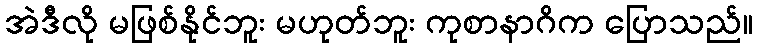
အဲဒီလို မဖြစ်နိုင်ဘူး မဟုတ်ဘူး ကုစာနာဂိက ပြောသည်။